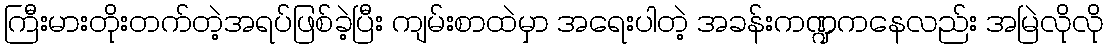
ကြီးမားတိုးတက်တဲ့အရပ်ဖြစ်ခဲ့ပြီး ကျမ်းစာထဲမှာ အရေးပါတဲ့ အခန်းကဏ္ဍကနေလည်း အမြဲလိုလို